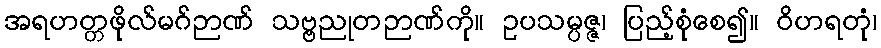
အရဟတ္တဖိုလ်မဂ်ဉာဏ် သဗ္ဗညုတဉာဏ်ကို။ ဥပသမ္ပဇ္ဇ၊ ပြည့်စုံစေ၍။ ဝိဟရတုံ၊